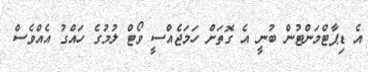
އެ ޑިޕާޓްމަންޓުން ބުނީ އެ ގޮތަށް ހަމަޖެއްސީ ވޯޓް ލުމުގެ ހައްގު އެއްވެސް